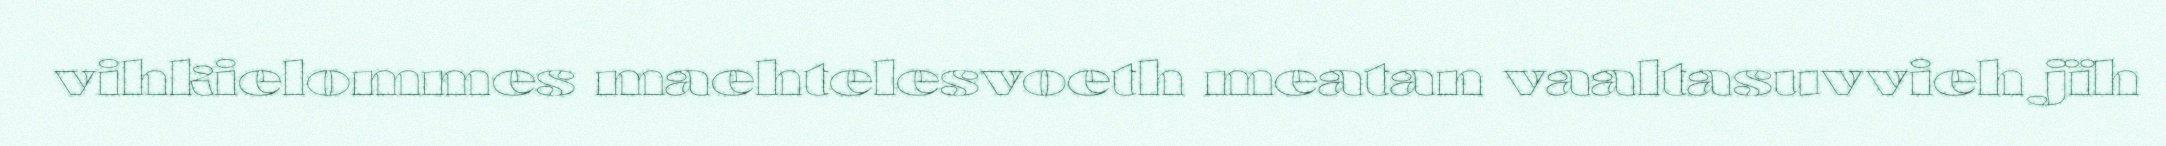
vihkielommes maehtelesvoeth meatan vaaltasuvvieh jïh